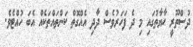
ދުސްތޫރީ ޙާޔާތުގައި މި ދެ ފަހަރުވެސް ދާދި އެއްގޮތް ކަންތައްތަކެއް އެބަ ހުއްޓެވެ.